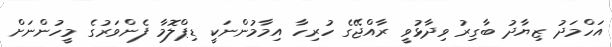
އަހްމަދު ޒިޔާދު ބާގިރު ވިދާޅުވީ ރާއްޖޭގެ ހުރިހާ އިމާމުންނަކީ ޑިޕްލޮމާ ފެންވަރުގެ މީހުންނަށް